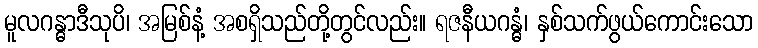
မူလဂန္ဓာဒီသုပိ၊ အမြစ်နံ့ အစရှိသည်တို့တွင်လည်း။ ရဇနီယဂန္ဓံ၊ နှစ်သက်ဖွယ်ကောင်းသော